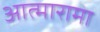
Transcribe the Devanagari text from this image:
आत्मारामा